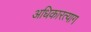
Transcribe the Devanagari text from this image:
अधिकारत्याग